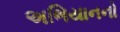
અભિયાનનો